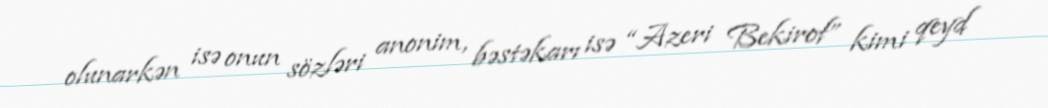
olunarkən isə onun sözləri anonim, bəstəkarı isə “Azeri Bekirof” kimi qeyd